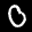
Label: 0